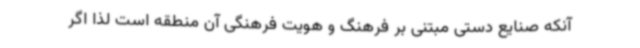
آنکه صنایع دستی مبتنی بر فرهنگ و هویت فرهنگی آن منطقه است لذا اگر